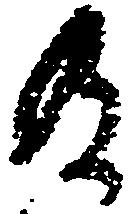
及